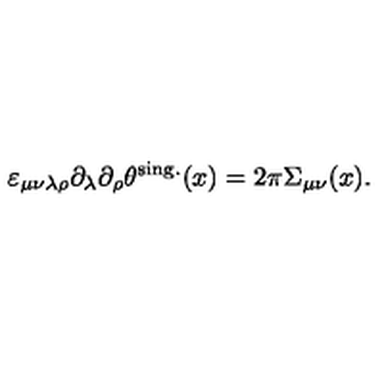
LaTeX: \varepsilon _ { \mu \nu \lambda \rho } \partial _ { \lambda } \partial _ { \rho } \theta ^ { \mathrm { s i n g . } } ( x ) = 2 \pi \Sigma _ { \mu \nu } ( x ) .